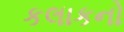
કલાકનો